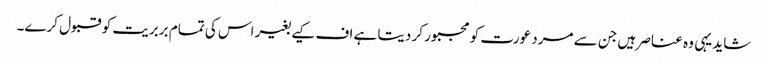
شاید یہی وہ عناصر ہیں جن سے مرد عورت کو مجبور کر دیتا ہے اف کیے بغیر اس کی تمام بربریت کو قبول کرے۔